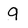
Character: 9